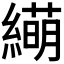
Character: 𫄁